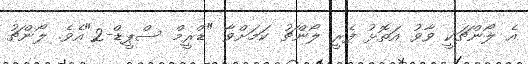
އެ ލޯންޗަކީ ވާވު އަތޮޅު ފެރީ ލޯންޗު ކަމަށްވާ "ޑްރީމް ސްޕީޑް-2"އެވެ. ލޯންޗު